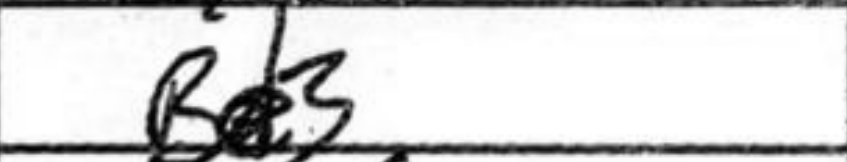
Transcription: Be3